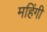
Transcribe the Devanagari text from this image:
महिंगी